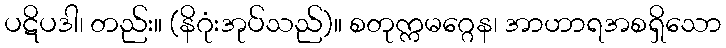
ပဋိပဒါ၊ တည်း။ (နိဂုံးအုပ်သည်)။ စတုက္ကမဂ္ဂေန၊ အာဟာရအစရှိသော